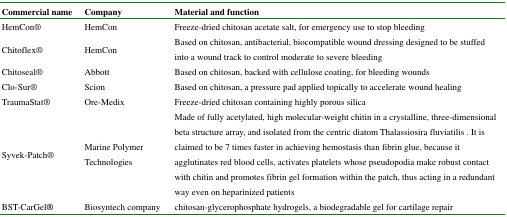
| Commercial name | Company | Material and function |
 | --- | --- | --- |
 | HemCon® | HemCon | Freeze-dried chitosan acetate salt, for emergency use to stop bleeding |
 | Chitoflex® | HemCon | Based on chitosan, antibacterial, biocompatible wound dressing designed to be stuffed into a wound track to control moderate to severe bleeding |
 | Chitoseal® | Abbott | Based on chitosan, backed with cellulose coating, for bleeding wounds |
 | Clo-Sur® | Scion | Based on chitosan, a pressure pad applied topically to accelerate wound healing |
 | TraumaStat® | Ore-Medix | Freeze-dried chitosan containing highly porous silica |
 | Syvek-Patch® | Marine Polymer Technologies | Made of fully acetylated, high molecular-weight chitin in a crystalline, three-dimensional beta structure array, and isolated from the centric diatom Thalassiosira fluviatilis. It is claimed to be 7 times faster in achieving hemostasis than fibrin glue, because it agglutinates red blood cells, activates platelets whose pseudopodia make robust contact with chitin and promotes fibrin gel formation within the patch, thus acting in a redundant way even on heparinized patients |
 | BST-CarGel® | Biosyntech company | chitosan-glycerophosphate hydrogels, a biodegradable gel for cartilage repair |